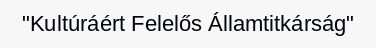
"Kultúráért Felelős Államtitkárság"